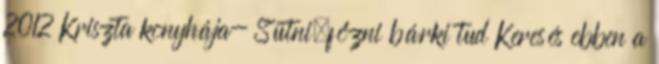
2012 Kriszta konyhája- Sütni,főzni bárki tud Keresés ebben a